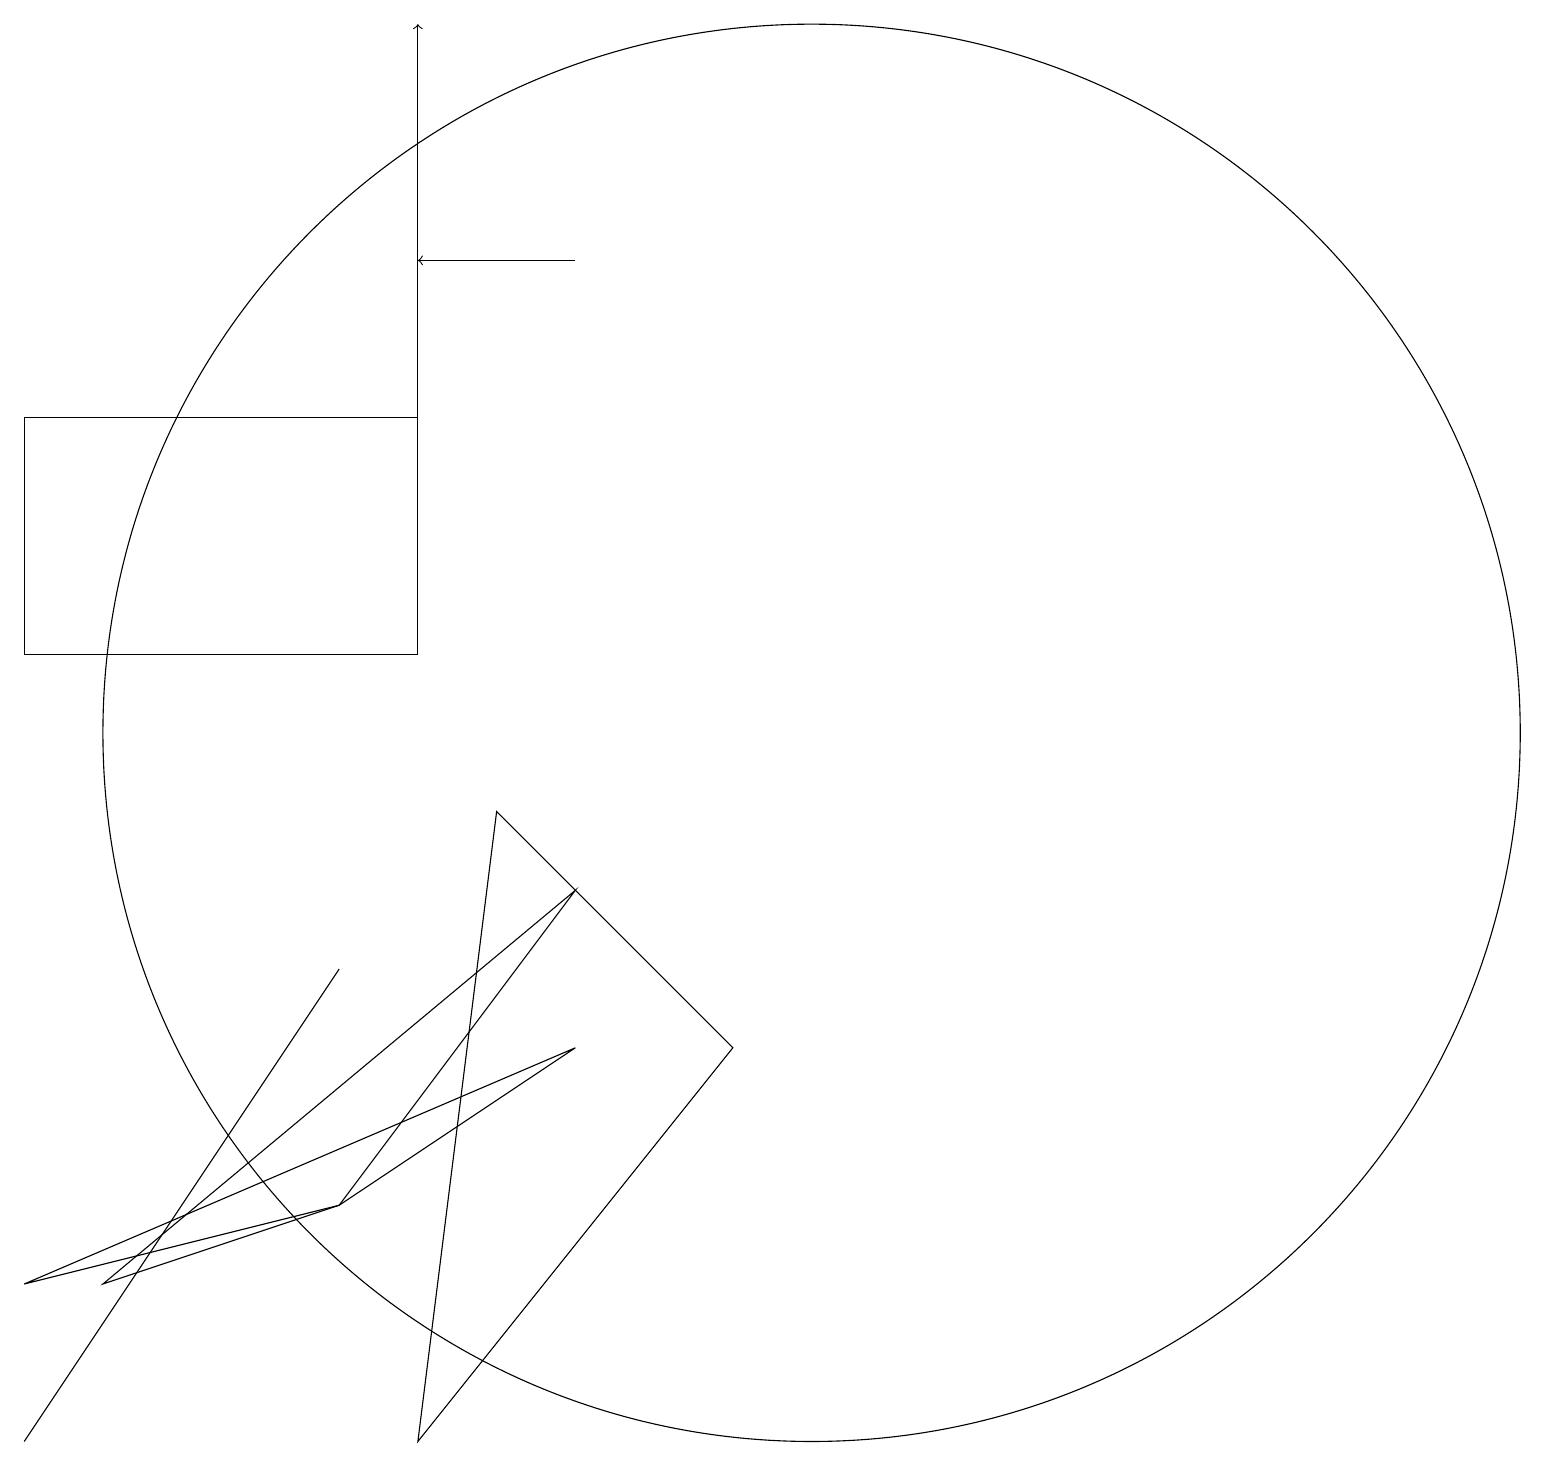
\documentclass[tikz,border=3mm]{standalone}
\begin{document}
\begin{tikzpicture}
\draw (4,4) -- (7,8) -- (1,3) -- cycle;
\draw[->] (7,16) -- (5,16);
\draw (10,10) circle (9);
\draw (7,6) -- (0,3) -- (4,4) -- cycle;
\draw (9,6) -- (6,9) -- (5,1) -- cycle;
\draw[->] (5,14) -- (5,19);
\draw (5,14) rectangle (0,11);
\draw (4,7) -- (0,1) -- (4,7) -- cycle;
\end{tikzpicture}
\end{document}